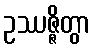
ဥဿဇ္ဇိတွာ